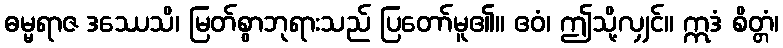
ဓမ္မရာဇ ဒဿေသိ၊ မြတ်စွာဘုရားသည် ပြတော်မူ၏။ ဧဝံ၊ ဤသို့လျှင်။ ဣဒံ စိတ္တံ၊